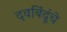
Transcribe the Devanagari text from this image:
दवबिंदूंचे